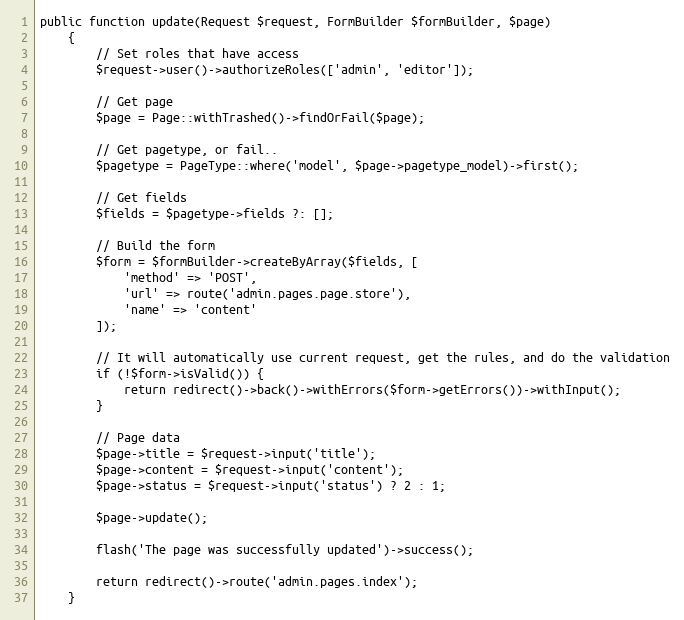
Language: PHP
public function update(Request $request, FormBuilder $formBuilder, $page)
    {
        // Set roles that have access
        $request->user()->authorizeRoles(['admin', 'editor']);

        // Get page
        $page = Page::withTrashed()->findOrFail($page);

        // Get pagetype, or fail..
        $pagetype = PageType::where('model', $page->pagetype_model)->first();

        // Get fields
        $fields = $pagetype->fields ?: [];

        // Build the form
        $form = $formBuilder->createByArray($fields, [
            'method' => 'POST',
            'url' => route('admin.pages.page.store'),
            'name' => 'content'
        ]);

        // It will automatically use current request, get the rules, and do the validation
        if (!$form->isValid()) {
            return redirect()->back()->withErrors($form->getErrors())->withInput();
        }

        // Page data
        $page->title = $request->input('title');
        $page->content = $request->input('content');
        $page->status = $request->input('status') ? 2 : 1;

        $page->update();

        flash('The page was successfully updated')->success();

        return redirect()->route('admin.pages.index');
    }